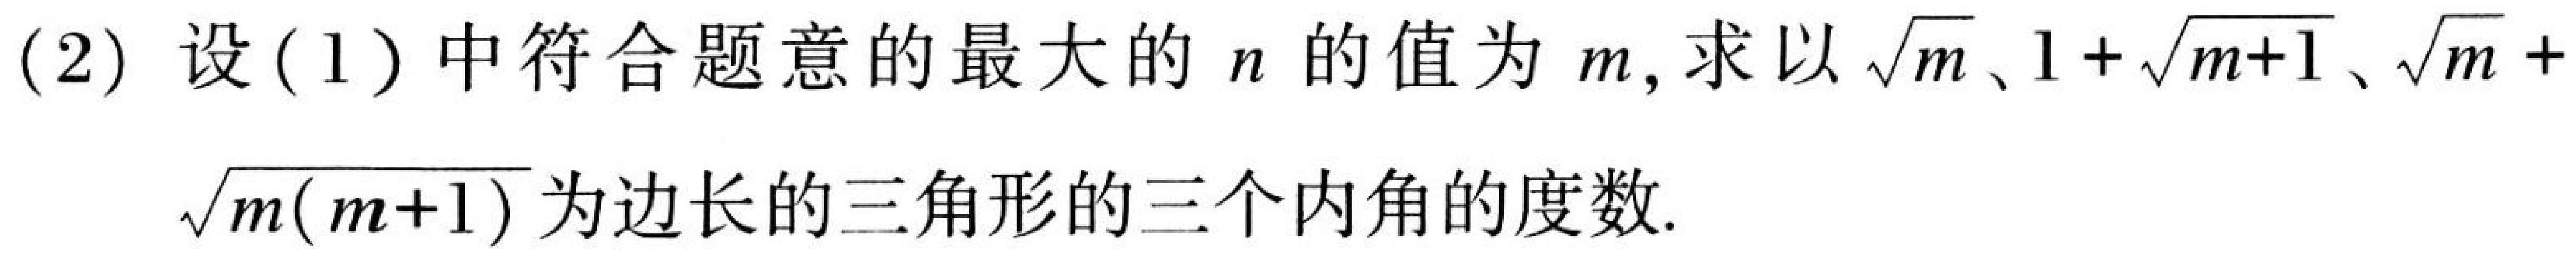
(2) 设(1)中符合题意的最大的\(n\)的值为\(m\)，求以\(\sqrt{m}\)、\(1 + \sqrt{m + 1}\)、\(\sqrt{m}+ \sqrt{m(m + 1)}\)为边长的三角形的三个内角的度数.